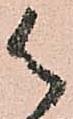
御